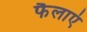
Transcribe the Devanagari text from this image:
फैलाएं